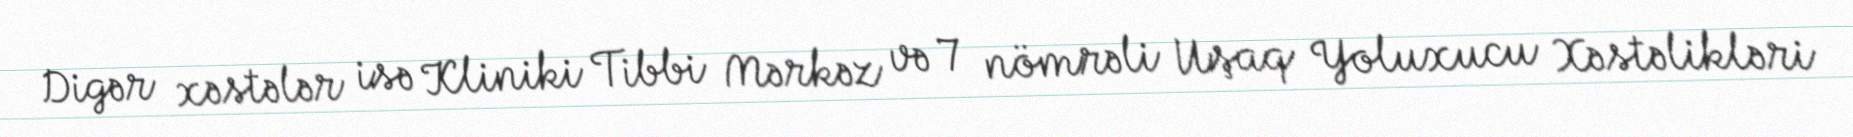
Digər xəstələr isə Kliniki Tibbi Mərkəz və 7 nömrəli Uşaq Yoluxucu Xəstəlikləri